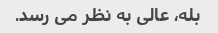
بله، عالی به نظر می رسد.